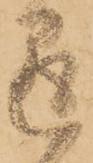
懸